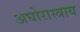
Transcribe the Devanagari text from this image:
अघोरास्त्राय